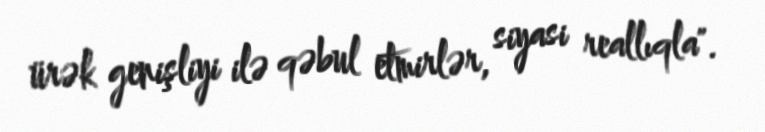
ürək genişliyi ilə qəbul etmirlər, siyasi reallıqla".